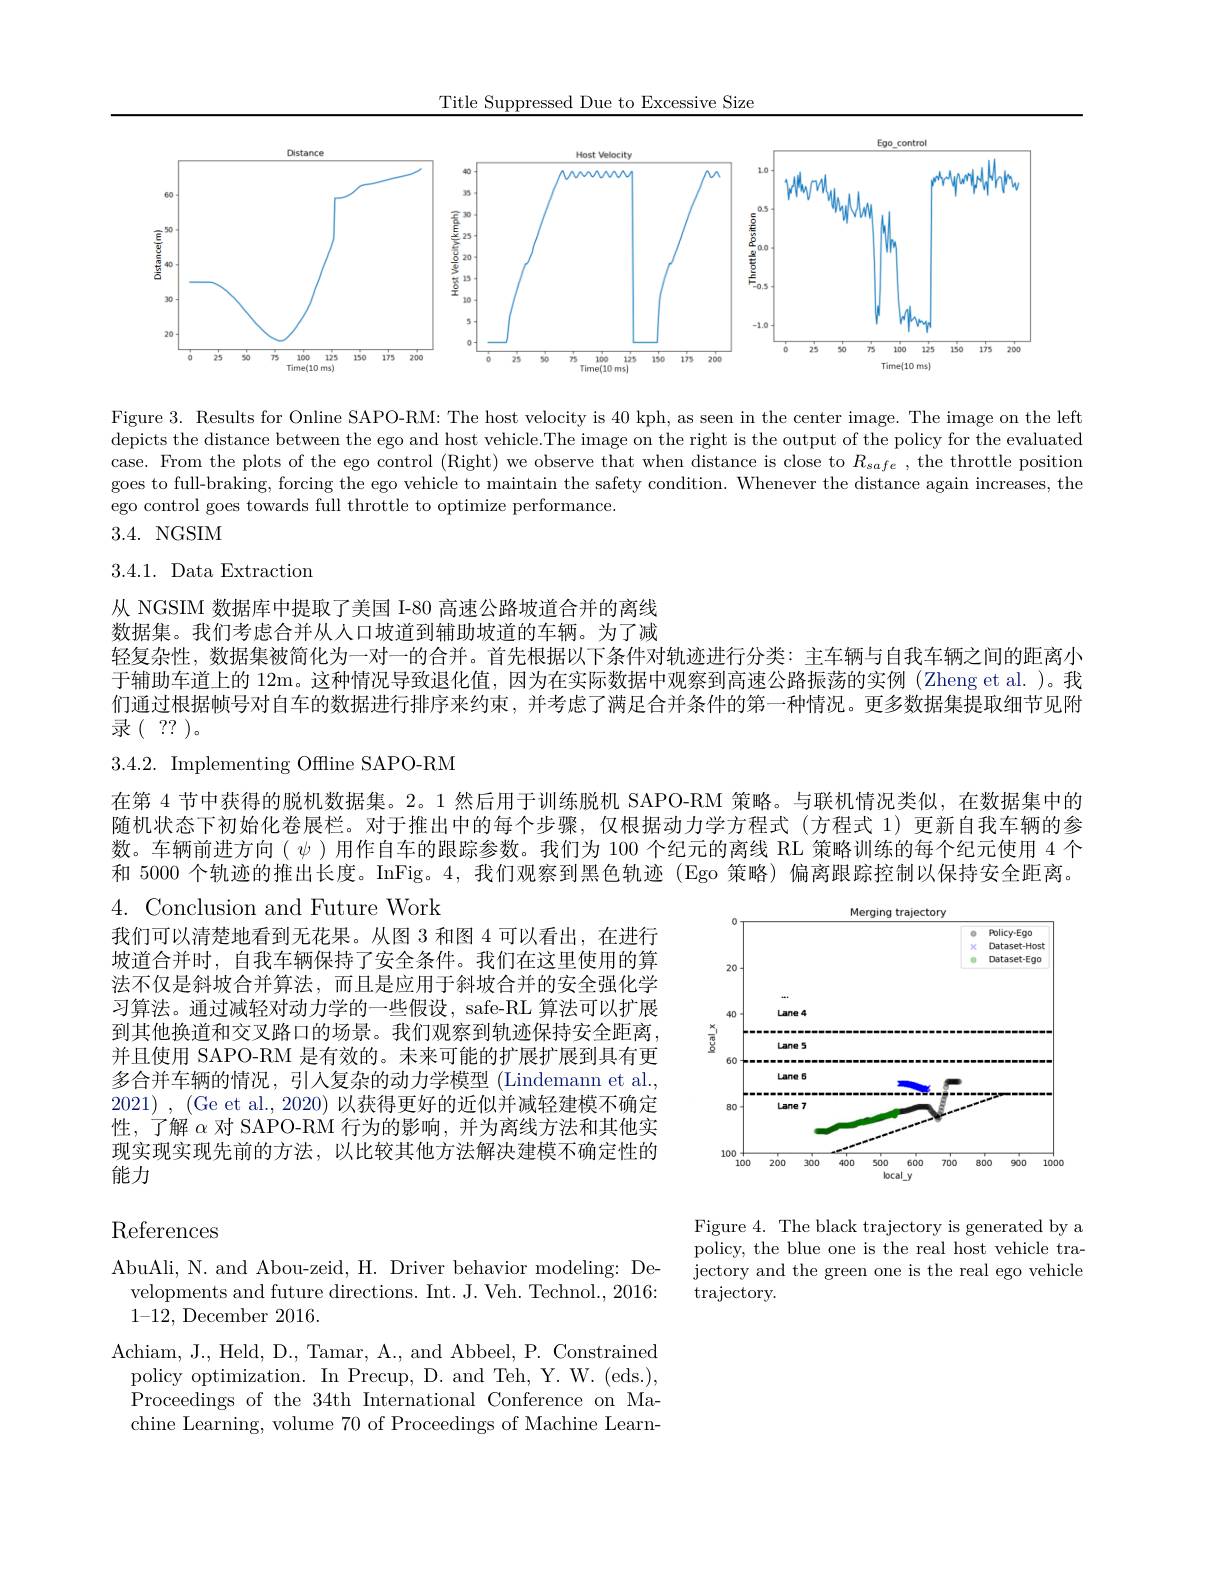
Title Suppressed Due to Excessive Size

<FigureHere>

Figure 3. Results for Online SAPO-RM: The host velocity is 40 kph, as seen in the center image. The image on the left depicts the distance between the ego and host vehicle.The image on the right is the output of the policy for the evaluated case. From the plots of the ego control (Right) we observe that when distance is close to $R_safe$ , the throttle position goes to full-braking, forcing the ego vehicle to maintain the safety condition. Whenever the distance again increases, the ego control goes towards full throttle to optimize performance.
3.4. NGSIM

3.4.1. Data Extraction

从 NGSIM 数据库中提取了美国 I-80 高速公路坡道合并的离线数据集。我们考虑合并从人口坡道到辅助坡道的车辆。为了减轻复杂性，数据集被简化为一对一的合并。首先根据以下条件对轨迹进行分类：主车辆与自我车辆之间的距离小于辅助车道上的 12m。这种情况导致退化值，因为在实际数据中观察到高速公路振荡的实例(Zheng et al. )。我们通过根据帧号对自车的数据进行排序来约束，并考虑了满足合并条件的第一种情况。更多数据集提取细节见附录$(\begin{array}{c}??\end{array})$。
3.4.2. Implementing Offline SAPO-RM
在第 4 节中获得的脱机数据集。2。1 然后用于训练脱机 SAPO-RM 策略。与联机情况类似，在数据集中的随机状态下初始化卷展栏。对于推出中的每个步骤，仅根据动力学方程式(方程式 1)更新自我车辆的参数。车辆前进方向($\psi)用作自车的跟踪参数。我们为 100 个纪元的离线 RL 策略训练的每个纪元使用 4 个$ 和 5000 个轨迹的推出长度。InFig。4,我们观察到黑色轨迹(Ego 策略)偏离跟踪控制以保持安全距离。$4.{\mathrm{~Conclusion~and~Future~Work}}$

我们可以清楚地看到无花果。从图 3 和图 4 可以看出，在进行坡道合并时，自我车辆保持了安全条件。我们在这里使用的算法不仅是斜坡合并算法，而且是应用于斜坡合并的安全强化学习算法。通过减轻对动力学的一些假设，safe-RL 算法可以扩展到其他换道和交叉路口的场景。我们观察到轨迹保持安全距离， 并且使用 SAPO-RM 是有效的。未来可能的扩展扩展到具有更多合并车辆的情况，引入复杂的动力学模型 (Lindemann et al., 2021) , (Ge et al., 2020) 以获得更好的近似并减轻建模不确定性，了解$\alpha$对 SAPO-RM 行为的影响，并为离线方法和其他实现实现实现先前的方法，以比较其他方法解决建模不确定性的能力

<FigureHere>

References

Figure 4. The black trajectory is generated by a policy, the blue one is the real host vehicle trajectory and the green one is the real ego vehicle $\operatorname{trajectory}.$

AbuAli, N. and Abou-zeid, H. Driver behavior modeling: Developments and future directions. Int. J. Veh. Technol., 2016: 1-12, December 2016.
Achiam, J., Held, D., Tamar, A., and Abbeel, P. Constrained policy optimization. In Precup, D. and Teh, Y. W. (eds.), Proceedings of the 34th International Conference on Machine Learning, volume 70 of Proceedings of Machine Learn-